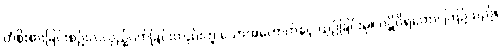
တံစိုးစားခြင်းစဉ်းလဲလှည့်ပတ်ခြင်းတည်းဟူ သောအကောက်နှင့် ယှဉ်ခြင်းမှ။ ပဋိဝိရတော၊ ကြဉ်သည်။